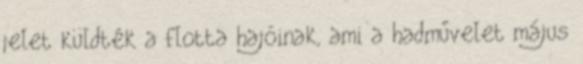
jelet küldték a flotta hajóinak, ami a hadművelet május